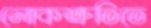
লোকশ্রুতিতে